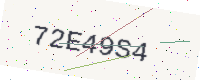
Text: 72E49S4